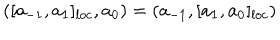
LaTeX: ( [ a _ { - 1 } , a _ { 1 } ] _ { l o c } , a _ { 0 } ) = ( a _ { - 1 } , [ a _ { 1 } , a _ { 0 } ] _ { l o c } )